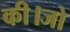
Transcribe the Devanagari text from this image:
की।जो